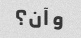
و آن؟